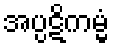
အပ္ပဋိကမ္မံ